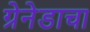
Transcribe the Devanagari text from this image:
ग्रेनेडाचा